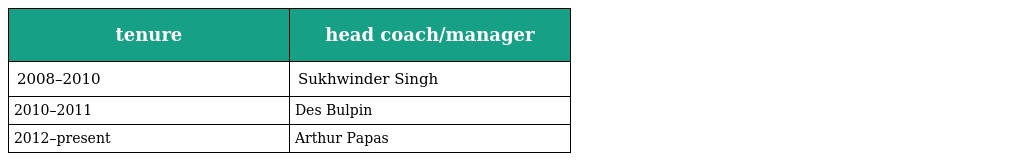
| tenure | head coach/manager |
 | --- | --- |
 | 2008–2010 | Sukhwinder Singh |
 | 2010–2011 | Des Bulpin |
 | 2012–present | Arthur Papas |